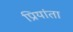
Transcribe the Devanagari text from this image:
प्रियांता